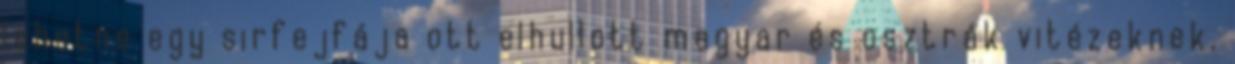
lehetne egy sirfejfája ott elhullott magyar és osztrák vitézeknek.